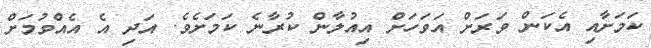
ކަމަށާއި އެކަން ވަރަށް އަވަހަށް އިއުލާން ކުރާނެ ކަމަށެވެ. އަދި އެ އެއްވުމަށް